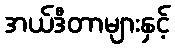
အယ်ဒီတာများနှင့်